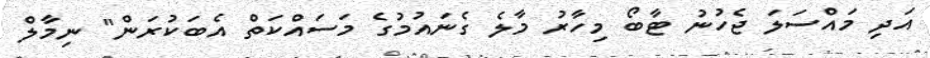
އަދި މައްސަލަ ޖެހުނު ޓާބޯ މިހާރު މާލެ ގެނައުމުގެ މަސައްކަތް އެބަކުރަން" ނިމާލް